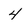
Character: 4